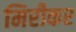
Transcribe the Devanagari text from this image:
मिरीकर